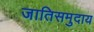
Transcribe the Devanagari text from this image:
जातिसमुदाय